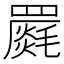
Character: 𮊝